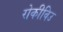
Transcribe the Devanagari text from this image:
रोकीविउ